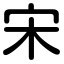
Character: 宋